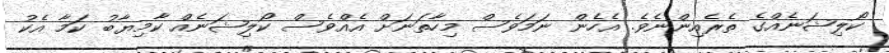
ކޯލިޝަނެއްގެ ތެރެއިންނެވެ. އެހެން ނަމަވެސް މިހާތަނަށް އެއްވެސް ކޯލިޝަނެއް ކާމިޔާބު ކަމާ އެކު